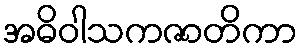
အဓိဝါသကဇာတိကာ